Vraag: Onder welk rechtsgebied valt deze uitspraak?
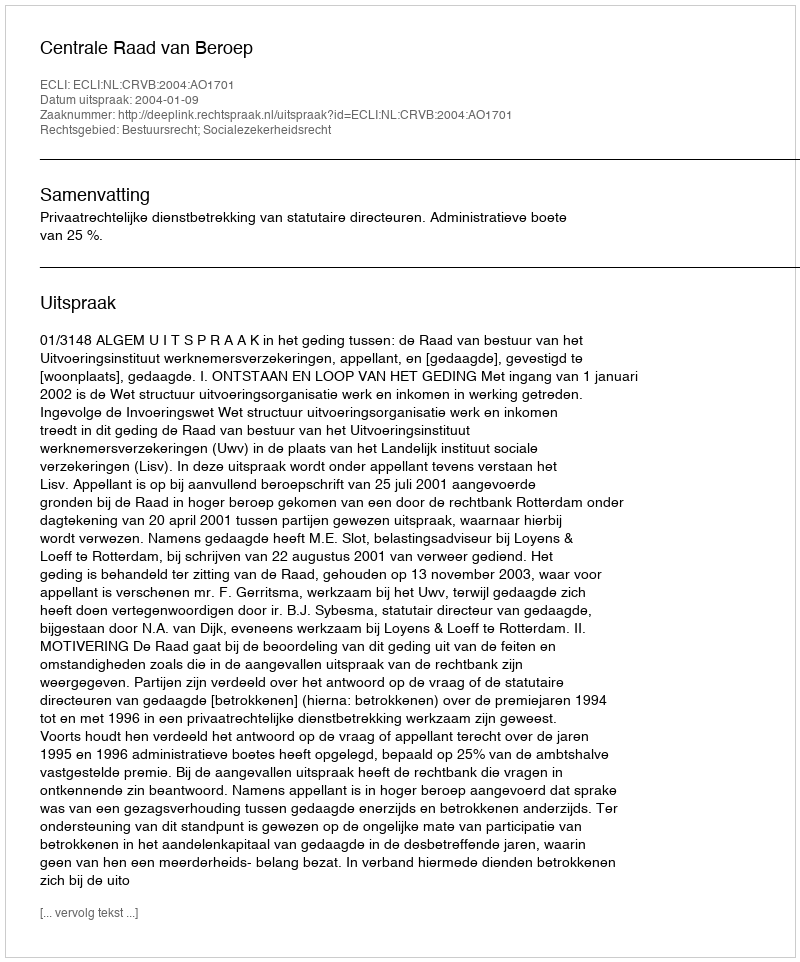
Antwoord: Bestuursrecht; Socialezekerheidsrecht